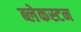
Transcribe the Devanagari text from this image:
ब्लेकस्टन